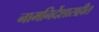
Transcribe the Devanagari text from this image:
नामनिर्देशासहीत